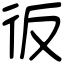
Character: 𢓉